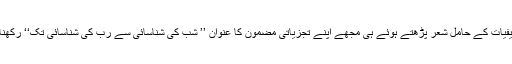
ان کیفیات کے حامل شعر پڑھتے ہوئے ہی مجھے اپنے تجزیاتی مضمون کا عنوان ’’ شب کی شناسائی سے رب کی شناسائی تک‘‘ رکھنا پڑا۔